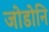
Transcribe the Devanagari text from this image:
जोडोनि